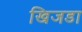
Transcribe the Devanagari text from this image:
खिजडा